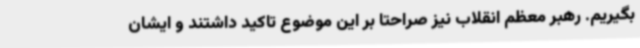
بگیریم. رهبر معظم انقلاب نیز صراحتا بر این موضوع تاکید داشتند و ایشان